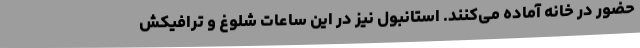
حضور در خانه آماده می‌کنند. استانبول نیز در این ساعات شلوغ و ترافیکش